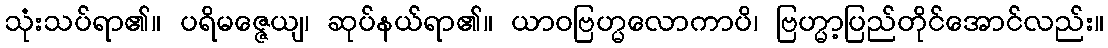
သုံးသပ်ရာ၏။ ပရိမဇ္ဇေယျ၊ ဆုပ်နယ်ရာ၏။ ယာဝဗြဟ္မလောကာပိ၊ ဗြဟ္မာ့ပြည်တိုင်အောင်လည်း။